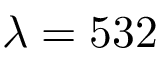
\lambda = 5 3 2